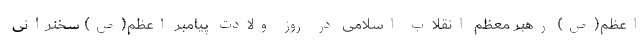
اعظم(ص) رهبر معظم انقلاب اسلامی در روز ولادت پیامبر اعظم(ص) سخنرانی